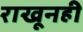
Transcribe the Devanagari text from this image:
राखूनही